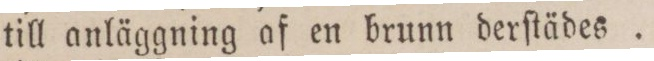
till anläggning af en brunn derſtädes . 132: 18.